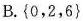
B.{0，2，6}